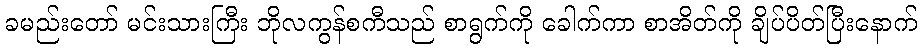
ခမည်းတော် မင်းသားကြီး ဘိုလကွန်စကီသည် စာရွက်ကို ခေါက်ကာ စာအိတ်ကို ချိပ်ပိတ်ပြီးနောက်